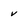
Character: v